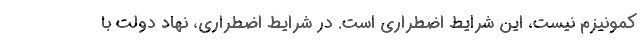
کمونیزم نیست، این شرایط اضطراری است. در شرایط اضطراری، نهاد دولت با